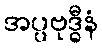
အပ္ပဗုဒ္ဓီနံ